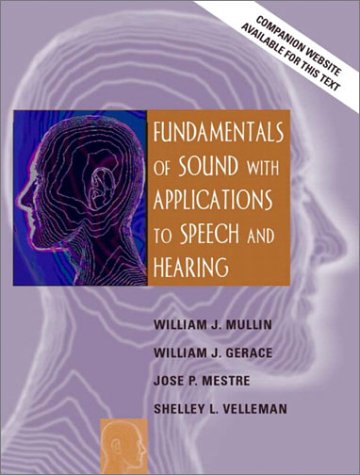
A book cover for Fundamentals of Sound with Applications to Speech and Hearing; William J. Mullin; Science & Math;